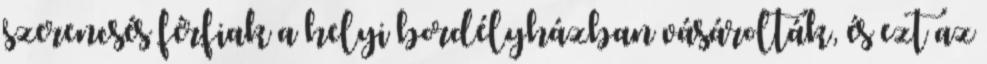
szerencsés férfiak a helyi bordélyházban vásárolták, és ezt az